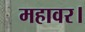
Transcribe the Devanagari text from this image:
महावर।